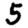
Digit: 5